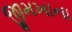
જીમખાના